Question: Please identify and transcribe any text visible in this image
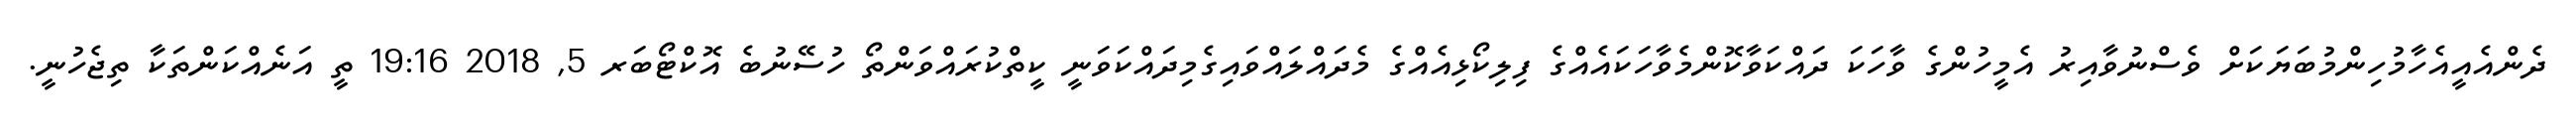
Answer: ދެންއެއީއެހާމުހިންމުބަޔަކަށް ވެސްނުވާއިރު އެމީހުންގެ ވާހަކަ ދައްކަވާކޮންމެވާހަކައެއްގެ ފިލިކޯޅިއެއްގެ މެދައްލައްވައިގެމިދައްކަވަނީ ކީތްކުރައްވަންތޯ ހުސޭނުބެ އޮކްޓޯބަރ 5, 2018 19:16 ތީ އަނެއްކަންތަކާ ތިޖެހުނީ.